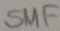
Text: SMF